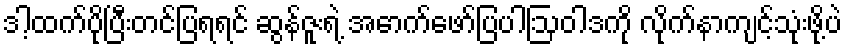
ဒါ့ထက်ပိုပြီးတင်ပြရရင် ဆွန်ဇူးရဲ့ အောက်ဖော်ပြပါဩဝါဒကို လိုက်နာကျင့်သုံးဖို့ပဲ